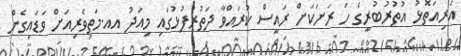
އަރިއަތޮޅު އުތުރުބުރީގެ ހަ ރަށަކަށް ރައީސް ކުރައްވާ ދަތުރުފުޅުގައި މިއަދު އއ.މަތިވެރިއަށް ވަޑައިގެން